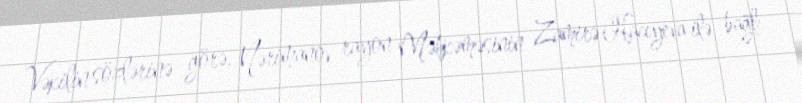
Vəkilin sözlərinə görə, Nərimanov rayon Məhkəməsinin Zamirə Hacıyeva ilə bağlı